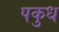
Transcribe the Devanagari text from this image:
पकुध